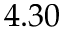
4 . 3 0